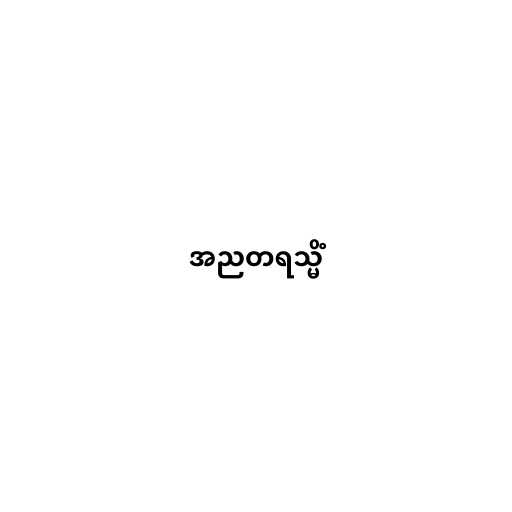
အညတရသ္မိံ